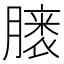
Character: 𪱭